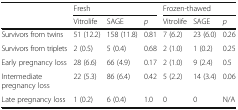
<table><thead><tr><td rowspan="2"></td><td colspan="3"><b>Fresh</b></td><td colspan="3"><b>Frozen-thawed</b></td></tr><tr><td><b>Vitrolife</b></td><td><b>SAGE</b></td><td><b><i>p</i></b></td><td><b>Vitrolife</b></td><td><b>SAGE</b></td><td><b><i>p</i></b></td></tr></thead><tbody><tr><td>Survivors from twins</td><td>51 (12.2)</td><td>158 (11.8)</td><td>0.81</td><td>7 (6.2)</td><td>23 (6.0)</td><td>0.26</td></tr><tr><td>Survivors from triplets</td><td>2 (0.5)</td><td>5 (0.4)</td><td>0.68</td><td>2 (1.0)</td><td>1 (0.2)</td><td>0.25</td></tr><tr><td>Early pregnancy loss</td><td>28 (6.6)</td><td>66 (4.9)</td><td>0.17</td><td>2 (1.0)</td><td>9 (2.4)</td><td>0.5</td></tr><tr><td>Intermediate pregnancy loss</td><td>22 (5.3)</td><td>86 (6.4)</td><td>0.42</td><td>5 (2.2)</td><td>14 (3.4)</td><td>0.06</td></tr><tr><td>Late pregnancy loss</td><td>1 (0.2)</td><td>6 (0.4)</td><td>1.0</td><td>0</td><td>0</td><td>N/A</td></tr></tbody></table>